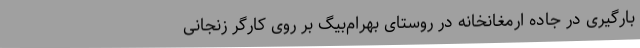
بارگیری در جاده ارمغانخانه در روستای بهرام‌بیگ بر روی کارگر زنجانی